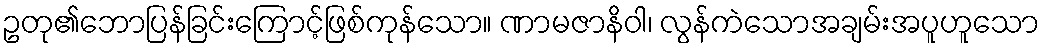
ဥတု၏ဘောပြန်ခြင်းကြောင့်ဖြစ်ကုန်သော။ ဏာမဇာနိဝါ၊ လွန်ကဲသောအချမ်းအပူဟူသော